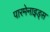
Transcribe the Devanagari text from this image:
पारमेनाइड्स